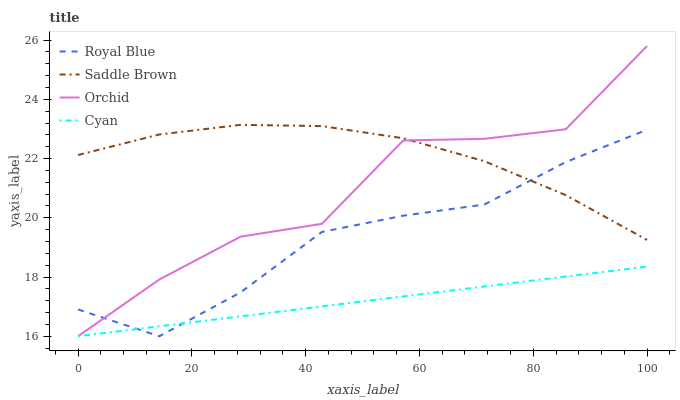
| xaxis_label | Royal Blue | Saddle Brown | Orchid | Cyan |
 | --- | --- | --- | --- | --- |
 | 0 | 16.9 | 22.1 | 16 | 16 |
 | 14.3 | 16 | 22.8 | 17.9 | 16.3 |
 | 28.6 | 17.5 | 23.1 | 19.4 | 16.7 |
 | 42.9 | 19.5 | 23.1 | 19.8 | 17 |
 | 57.1 | 20.1 | 22.7 | 22.6 | 17.3 |
 | 71.4 | 20.5 | 21.9 | 22.7 | 17.7 |
 | 85.7 | 21.9 | 20.8 | 23 | 18 |
 | 100 | 23 | 19.3 | 25.8 | 18.4 |